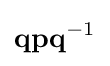
\mathbf {q} \mathbf {p} \mathbf {q} ^{-1}